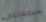
سيجعلني